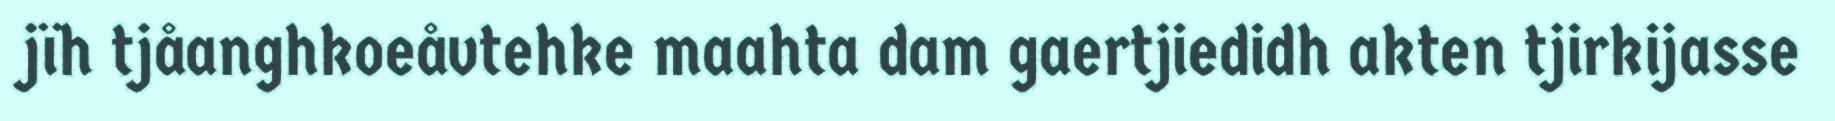
jïh tjåanghkoeåvtehke maahta dam gaertjiedidh akten tjirkijasse